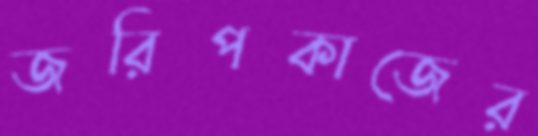
জরিপকাজের